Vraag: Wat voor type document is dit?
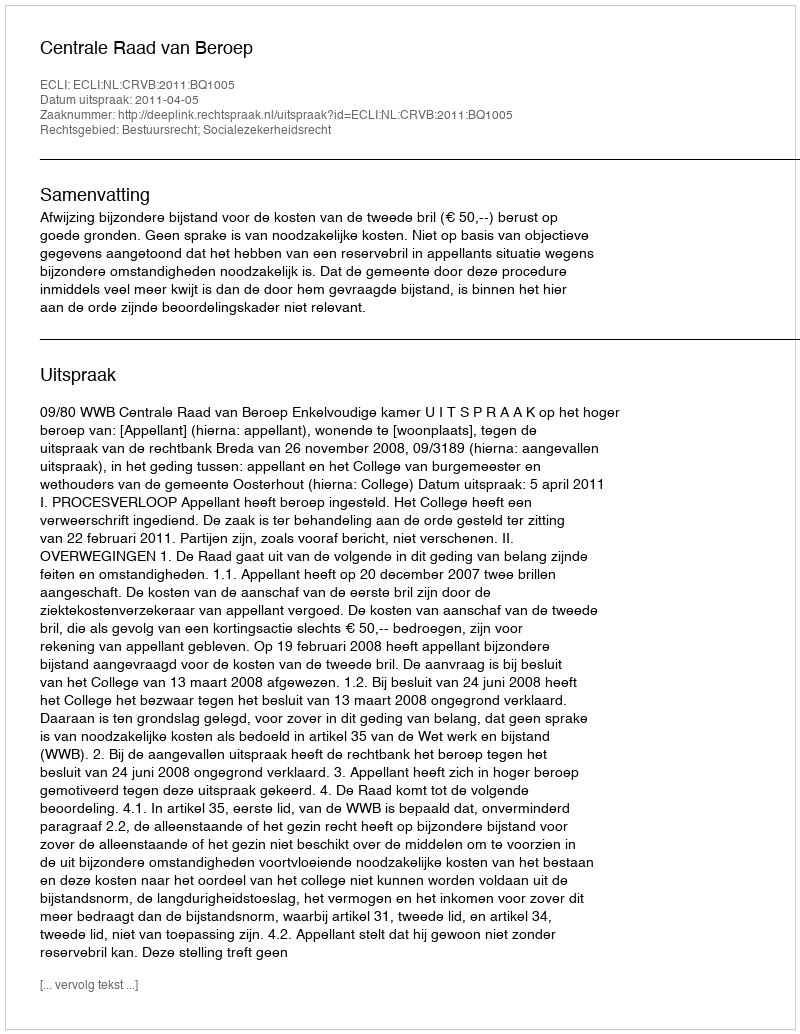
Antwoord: Uitspraak